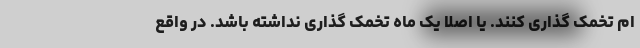
ام تخمک گذاری کنند. یا اصلا یک ماه تخمک گذاری نداشته باشد. در واقع